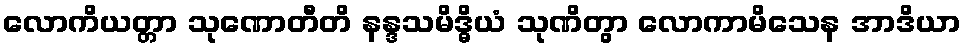
လောကိယတ္တာ သုဏောတီတိ နန္ဒသမိဒ္ဓိယံ သုဏိတွာ လောကာမိသေန အာဒိယာ